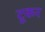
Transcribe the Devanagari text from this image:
टूकर